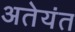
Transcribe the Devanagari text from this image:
अतेयंत